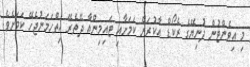
މި އިވެންޓުން ދުނިޔޭގެ ރެކޯޑް އާކުރަން ކަމަށާއި ޓައިމިންއާ ދޭތެރޭ ހިތްހަމަނުޖެހޭ ކަމަށެވެ.